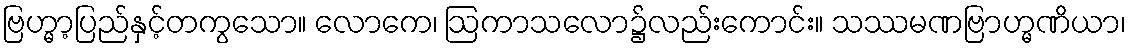
ဗြဟ္မာ့ပြည်နှင့်တကွသော။ လောကေ၊ ဩကာသလော၌လည်းကောင်း။ သဿမဏဗြာဟ္မဏိယာ၊